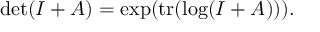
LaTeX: \operatorname* { d e t } ( I + A ) = \exp ( \operatorname { t r } ( \log ( I + A ) ) ) .